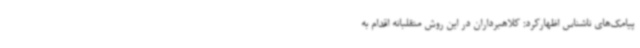
پیامک‌های ناشناس اظهارکرد: کلاهبرداران در این روش متقلبانه اقدام به